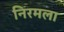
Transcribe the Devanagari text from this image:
निरमला